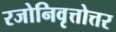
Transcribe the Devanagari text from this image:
रजोनिवृत्तोत्तर